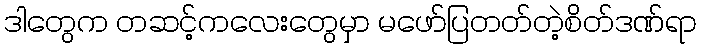
ဒါတွေက တဆင့်ကလေးတွေမှာ မဖော်ပြတတ်တဲ့စိတ်ဒဏ်ရာ